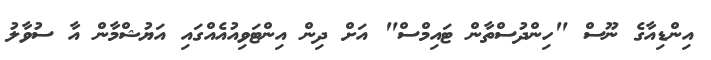
އިންޑިއާގެ ނޫސް "ހިންދުސްތާން ޓައިމްސް" އަށް ދިން އިންޓަވިއުއެއްގައި އަޔުޝްމާން އާ ސުވާލު